Senior Leaving Certificate Examination (including Day School Certificate (Higher) General paper), 1949
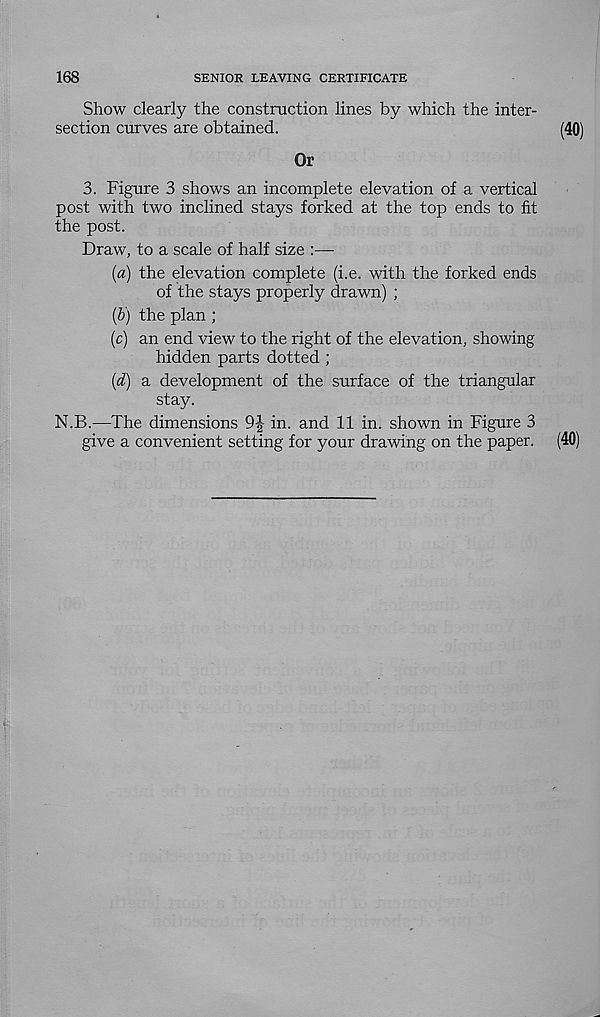
168
SENIOR LEAVING CERTIFICATE
Show clearly the construction lines by which the inter-
section curves are obtained.
(4o;
Or
3. Figure 3 shows an incomplete elevation of a vertical
post with two inclined stays forked at the top ends to fit
the post.
Draw, to a scale of half size :—
(a) the elevation complete (i.e. with the forked ends
of the stays properly drawn) ;
(b) the plan ;
(c) an end view to the right of the elevation, showing
hidden parts dotted ;
(d) a development of the surface of the triangular
stay.
N.B.—The dimensions 9| in. and 11 in. shown in Figure 3
give a convenient setting for your drawing on the paper.
(40)